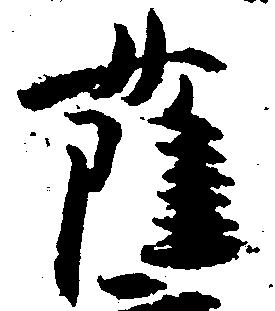
薩